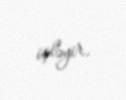
işləyir.